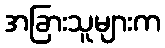
အခြားသူများက